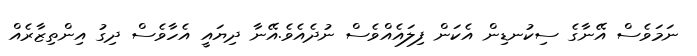
ނަމަވެސް އޭނާގެ ސިކުނޑިން އެކަން ފިލައެއްވެސް ނުދެއެވެ.އޭނާ ދިޔައީ އެހާވެސް ދިގު އިންތިޒާރެއް